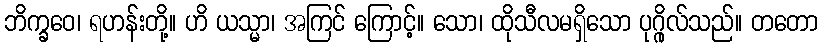
ဘိက္ခဝေ၊ ရဟန်းတို့။ ဟိ ယသ္မာ၊ အကြင် ကြောင့်။ သော၊ ထိုသီလမရှိသော ပုဂ္ဂိုလ်သည်။ တတော